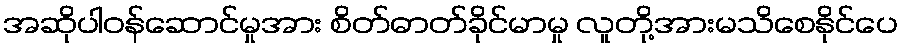
အဆိုပါဝန်ဆောင်မှုအား စိတ်ဓာတ်ခိုင်မာမှု လူတို့အားမသိစေနိုင်ပေ